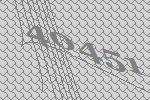
40451